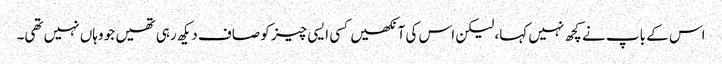
اس کے باپ نے کچھ نہیں کہا، لیکن اس کی آنکھیں کسی ایسی چیز کو صاف دیکھ رہی تھیں جو وہاں نہیں تھی۔